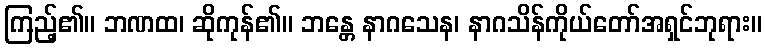
ကြည့်၏။ ဘဏထ၊ ဆိုကုန်၏။ ဘန္တေ နာဂသေန၊ နာဂသိန်ကိုယ်တော်အရှင်ဘုရား။